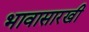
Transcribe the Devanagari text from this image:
भावासारखी